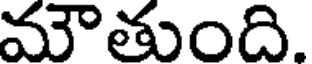
మౌతుంది.